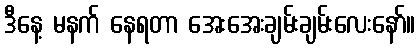
ဒီနေ့ မနက် နေရတာ အေးအေးချမ်းချမ်းလေးနော်။